Sketch of the medical history of the native army of Bombay, for the year
Year: 1875
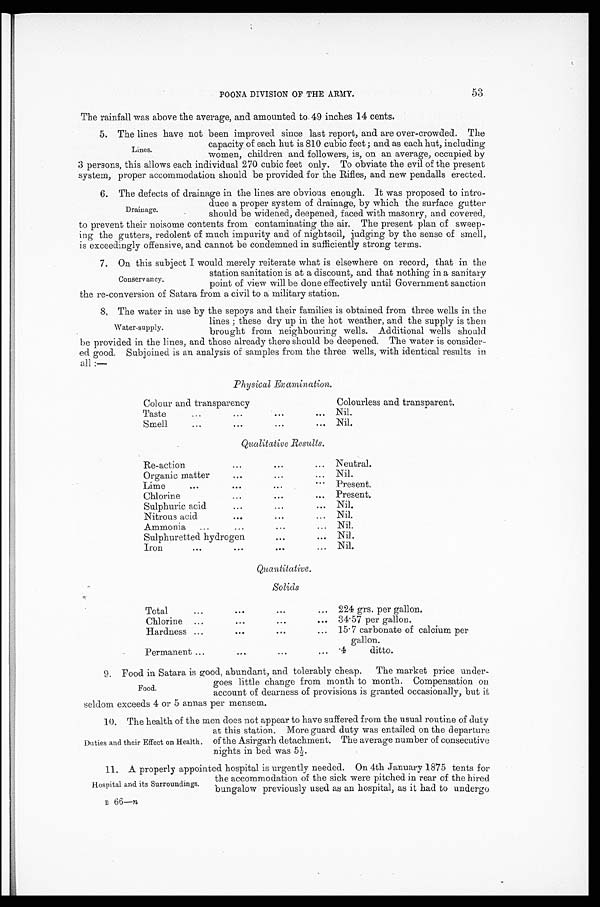
POONA DIVISION OF THE ARMY
. 53
The rainfall was above the average, and amounted to 49 inches 14 cents.
5. The lines have not been improved since last report, and are over-crowded. The
capacity of each hut is 810 cubic feet; and as each hut, including
women, children and followers, is, on an average, occupied by
3 persons, this allows each individual 270 cubic feet only. To obviate the evil of the present
system, proper accommodation should be provided for the Rifles, and new pendalls erected.
6. The defects of drainage in the lines are obvious enough. It was proposed to intro-
duce a proper system of drainage, by which the surface gutter
should be widened, deepened, faced with masonry, and covered,
to prevent their noisome contents from contaminating the air. The present plan of sweep-
-ing the gutters, redolent of much impurity and of nightsoil, judging by the sense of smell,
is exceedingly offensive, and cannot be condemned in sufficiently strong terms.
7. On this subject I would merely reiterate what is elsewhere on record, that in the
station sanitation is at a discount, and that nothing in a sanitary
point of view will be done effectively until Government sanction
the re-conversion of Satara from a civil to a military station.
8. The water in use by the sepoys and their families is obtained from three wells in the
lines; these dry up in the hot weather, and the supply is then
brought from neighbouring wells. Additional wells should
be provided in the lines, and those already there should be deepened. The water is consider--
ed good. Subjoined is an analysis of samples from the three wells, with identical results in
all:—
Physical Examination.
Colour and transparency
Colourless and transparent.
Taste
Nil.
Smell
Nil.
Qualitative Results.
Re-action
Neutral.
Organic matter
Nil.
Lime..
Present.
Chlorine
Present.
Sulphuric acid
Nil.
Nitrous acid
Nil.
Ammonia
Nil.
Sulphuretted hydrogen
Nil.
Iron
Nil.
Quantitative.
Solids
Total
224 grs. per gallon.
Chlorine
34.57 per gallon.
Hardness
15.7 carbonate of calcium per
gallon.
Permanent
.4
ditto.
9. Food in Satara is good, abundant, and tolerably cheap. The market price under--
goes little change from month to month. Compensation on
account of dearness of provisions is granted occasionally, but it
seldom exceeds 4 or 5 arenas per mensem.
10. The health of the men does not appear to have suffered from the usual routine of duty
at this station. More guard duty was entailed on the departure
of the Asirgarh detachment. The average number of consecutive
nights in bed was 5½.
11. A properly appointed hospital is urgently needed. On 4th January 1875 tents for
the accommodation of the sick were pitched in rear of the hired
bungalow previously used as an hospital, as it had to undergo
B 66—n
Lines.
Drainage.
Conservancy.
Water-supply.
Food.
Duties and their Effect on Health.
Hospital and its Surroundings.